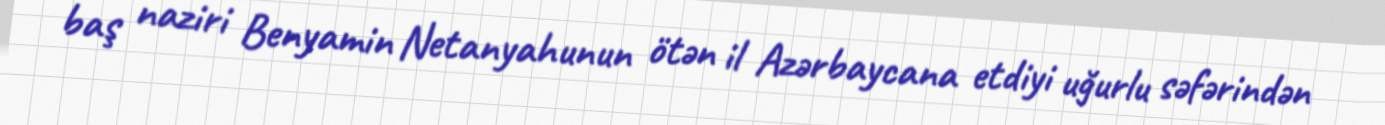
baş naziri Benyamin Netanyahunun ötən il Azərbaycana etdiyi uğurlu səfərindən